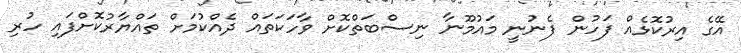
އޭގެ އިރުކޮޅެއް ފަހުން ފެނުނީ މައުމޫނާ ނިސްބަތްކޮށް ވާހަކަތައް ދެއްކުމަށް ތައްޔާރުކޮށްފައި ހުރި